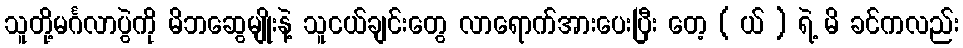
သူတို့မင်္ဂလာပွဲကို မိဘဆွေမျိုးနဲ့ သူငယ်ချင်းတွေ လာရောက်အားပေးပြီး တေ့ ( ယ် ) ရဲ့ မိ ခင်ကလည်း